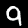
Label: 9